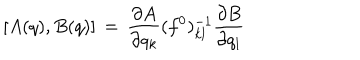
\lbrack A ( q ) , B ( q ) \rbrack \, = \, { \frac { \partial A } { \partial q _ { k } } } ( f ^ { 0 } ) _ { k l } ^ { - 1 } { \frac { \partial B } { \partial q _ { l } } }